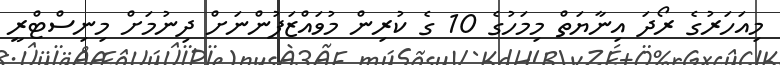
މިއަހަރުގެ ރޯދަ އިނާޔަތް މިމަހުގެ 10 ގެ ކުރިން މުވައްޒަފުންނަށް ދިނުމަށް މިނިސްޓްރީ